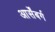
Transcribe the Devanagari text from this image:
आर्सेंबर्ग